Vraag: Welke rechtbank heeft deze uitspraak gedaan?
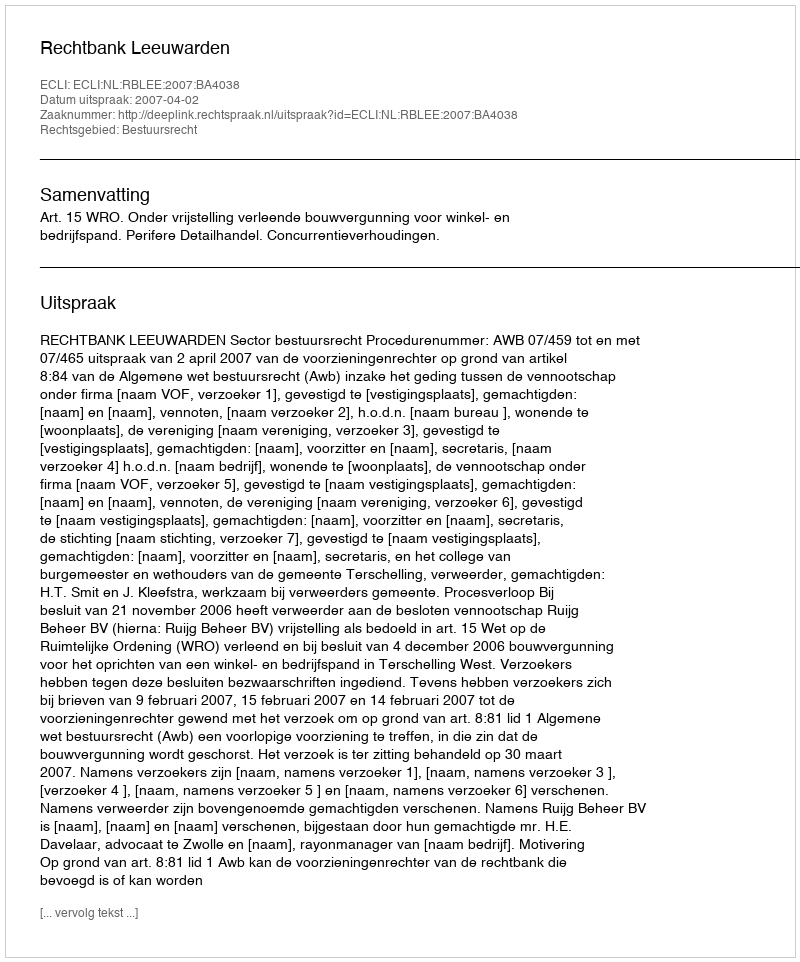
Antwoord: Rechtbank Leeuwarden